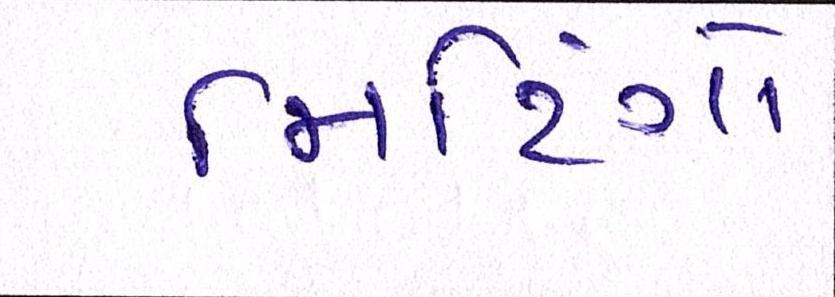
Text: મિટિંગો